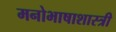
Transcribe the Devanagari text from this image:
मनोभाषाशास्त्री